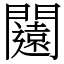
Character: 闧